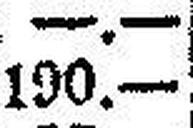
190.—